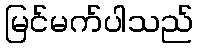
မြင်မက်ပါသည်